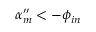
\alpha _ { m } ^ { \prime \prime } < - \phi _ { i n }